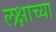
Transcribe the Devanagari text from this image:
लक्षाच्या